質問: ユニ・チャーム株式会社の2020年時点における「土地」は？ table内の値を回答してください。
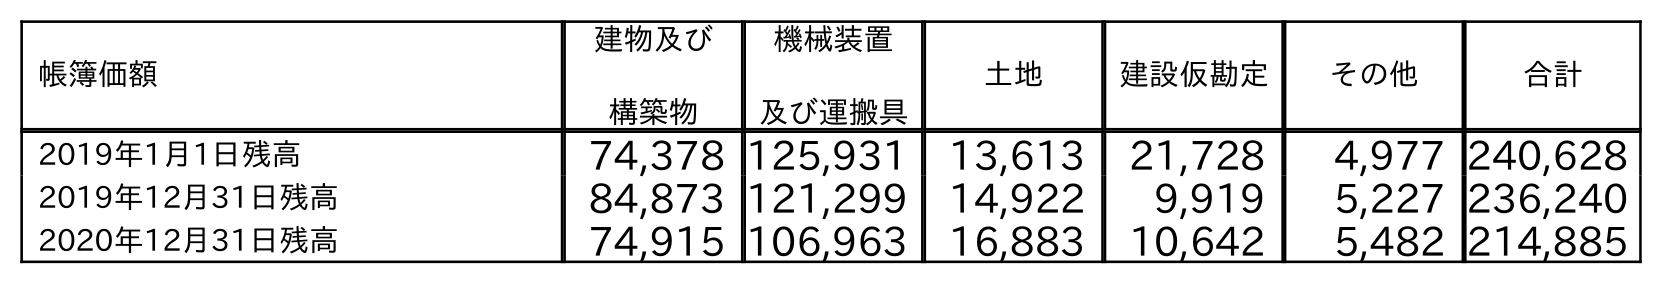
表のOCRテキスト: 帳簿価額 建物及び 構築物 機械装置 及び運搬具 土地 建設仮勘定 その他 合計 2019年1月1日残高 74,378 125,931 13,613 21,728 4,977 240,628 2019年12月31日残高 84,873 121,299 14,922 9,919 5,227 236,240 2020年12月31日残高 74,915 106,963 16,883 10,642 5,482 214,885
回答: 16,883